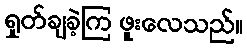
ရှုတ်ချခဲ့ကြ ဖူးလေသည်။